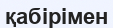
қабірімен